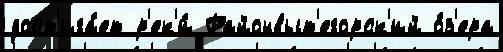
дост'ига́ет р'ек'и́ Районвыт'егорск'ий о́з'ера